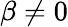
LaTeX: \beta\ne 0